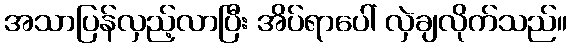
အသာပြန်လှည့်လာပြီး အိပ်ရာပေါ် လှဲချလိုက်သည်။